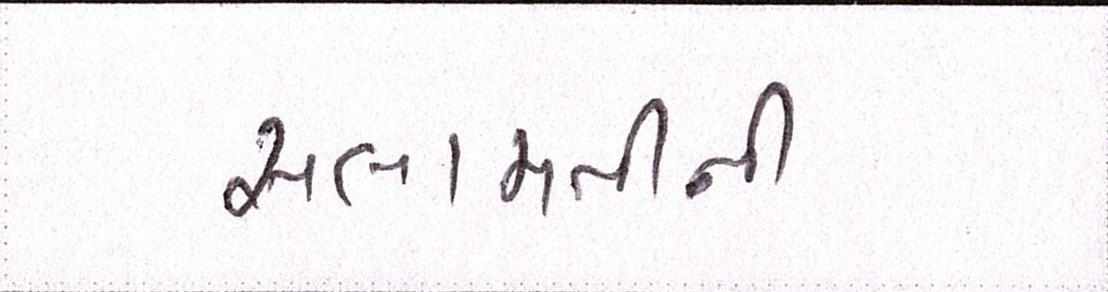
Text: સલામતીની